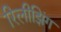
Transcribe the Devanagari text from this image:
रिलीझिंग